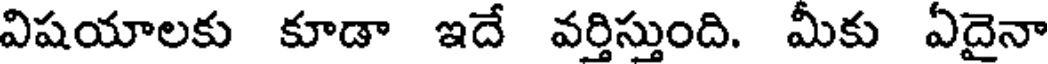
విషయాలకు కూడా ఇదే వర్తిస్తుంది. మీకు ఏదైనా